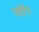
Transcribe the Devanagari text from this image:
प्लोटिंग